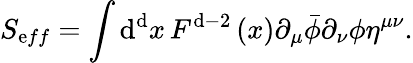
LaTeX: S_{\mathrm{e}ff}=\int\mathrm{d}^{\mathrm{d}}x\, F^{\mathrm{d}-2}\left(x\right)\partial_{\mu}\bar{{\phi}}\partial_{\nu}\phi\eta^{\mu\nu}.